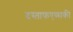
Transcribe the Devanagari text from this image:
दस्ताफएव्सकी